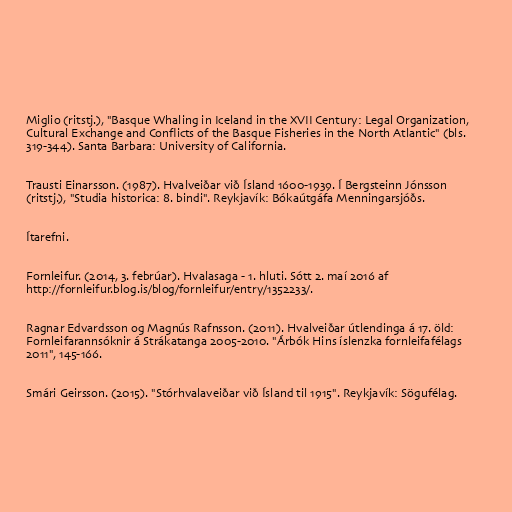
Miglio (ritstj.), "Basque Whaling in Iceland in the XVII Century: Legal Organization,
Cultural Exchange and Conflicts of the Basque Fisheries in the North Atlantic" (bls.
319-344). Santa Barbara: University of California.

Trausti Einarsson. (1987). Hvalveiðar við Ísland 1600-1939. Í Bergsteinn Jónsson
(ritstj.), "Studia historica: 8. bindi". Reykjavík: Bókaútgáfa Menningarsjóðs.

Ítarefni.

Fornleifur. (2014, 3. febrúar). Hvalasaga - 1. hluti. Sótt 2. maí 2016 af
http://fornleifur.blog.is/blog/fornleifur/entry/1352233/.

Ragnar Edvardsson og Magnús Rafnsson. (2011). Hvalveiðar útlendinga á 17. öld:
Fornleifarannsóknir á Strákatanga 2005-2010. "Árbók Hins íslenzka fornleifafélags
2011", 145-166.

Smári Geirsson. (2015). "Stórhvalaveiðar við Ísland til 1915". Reykjavík: Sögufélag.